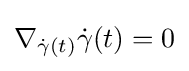
\nabla _{{\dot {\gamma }}(t)}{\dot {\gamma }}(t)=0